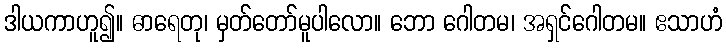
ဒါယကာဟူ၍။ ဓာရေတု၊ မှတ်တော်မူပါလော။ ဘော ဂေါတမ၊ အရှင်ဂေါတမ။ ဧသာဟံ